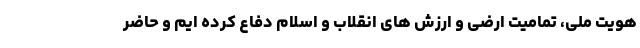
هویت ملی، تمامیت ارضی و ارزش های انقلاب و اسلام دفاع کرده ایم و حاضر